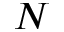
N